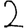
Digit: 2